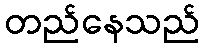
တည်နေသည်